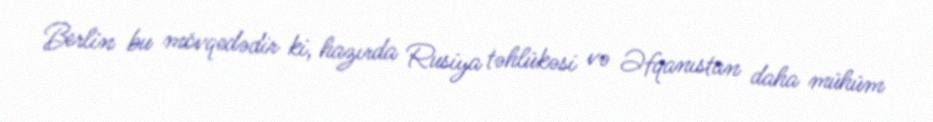
Berlin bu mövqedədir ki, hazırda Rusiya təhlükəsi və Əfqanıstan daha mühüm